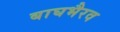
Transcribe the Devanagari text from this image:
बाघभैरव